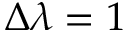
\Delta \lambda = 1